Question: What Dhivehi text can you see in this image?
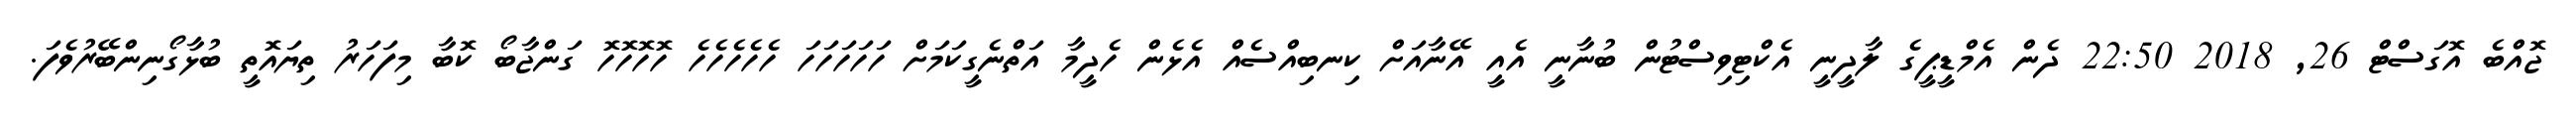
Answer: ޖޮއްބެ އޮގަސްޓް 26, 2018 22:50 ދެން އެމްޑީޕީގެ ލާދީނީ އެކްޓިވިސްޓުން ބުނާނީ އެއީ އޭނާއަށް ކިނބިއްސެއް އެޅެން ހެދީމާ އަތްނެގީކަމަށް ހަހަހަހަހަ ހެހެހެހެހެ ހޮހޮހޮހޮ ގަންޖާބޯ ކޮބާ މިފަހަރު ތިޔައޮތީ ބުޅާގޯނިންބޭރުވެފަ.